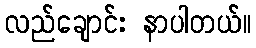
လည်ချောင်း နာပါတယ်။